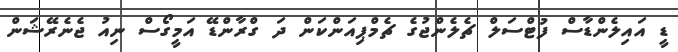
ޑީ އައިލެންޑާސް ފުޓްސަލް ޗެލެންޖުގެ ޗެމްޕިއަންކަން ދަ ގްރާންޑޭ އަމީގޯސް ނިއު ޖެނެރޭޝަން